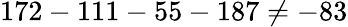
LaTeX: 172-111-55-187\neq-83